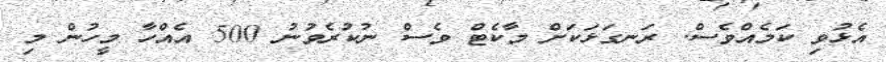
އެޅުވި ކަމެއްވެސް. ރަނގަޅަކަށް މާކެޓް ވެސް ނުކުރެވުނު 500 އެއްހާ މީހުން މި